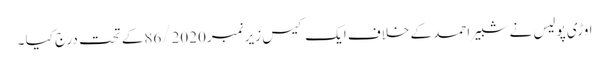
اوڑی پولیس نے شبیر احمد کے خلاف ایک کیس زیر نمبر86/2020کے تحت درج کیا ۔